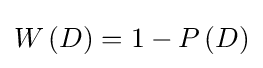
W\left(D\right)=1-P\left(D\right)